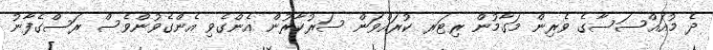
ދެ މުއައްސަސާގެ ވެރިން މަގާމުން ރިޓަރ ކުރައްވަން ސަރުކާރުން އެންގެވި އެންގެވުންވެސް ރަސްގެފާނު